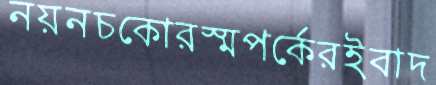
নয়নচকোরস্মপর্কেরইবাদ